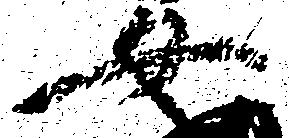
女